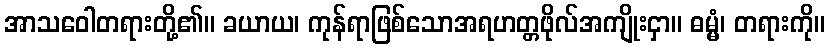
အာသဝေါတရားတို့၏။ ခယာယ၊ ကုန်ရာဖြစ်သောအရဟတ္တဖိုလ်အကျိုးငှာ။ ဓမ္မံ၊ တရားကို။